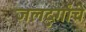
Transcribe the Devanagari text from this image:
जलदुर्गांचे